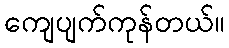
ကျေပျက်ကုန်တယ်။